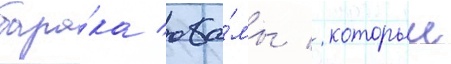
бара́ка оба́мы / которыи